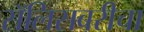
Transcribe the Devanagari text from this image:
सॅलिसबरीचा